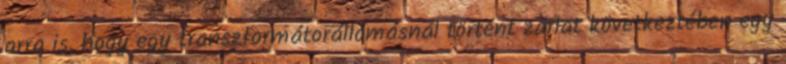
arra is, hogy egy transzformátorállomásnál történt zárlat következtében egy